Annual vaccination report of Bihar and Orissa - 1911-1928
Year: 1911
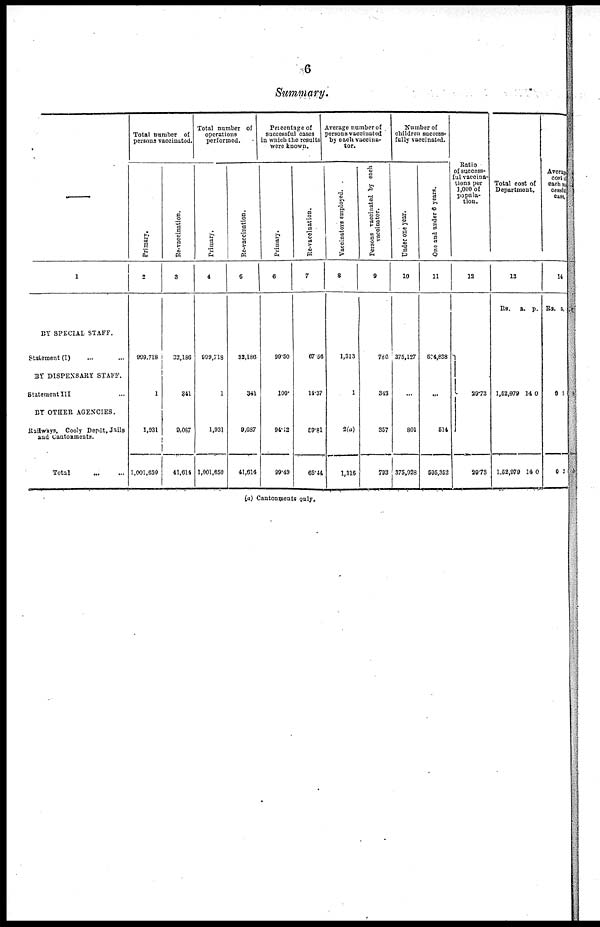
6
Summary.
—
1
BY SPECIAL STAFF.
Statement (I) ... ...
BY DISPENSARI STAFF.
Statement III ...
BY OTHER AGENCIES.
Railways, Cooly Depôt, Jails
and Cantonments.
Total ... ...
Total number of
persons vaccinated.
Primary.
2
999,718
1
1,931
1,001,650
Re-vaccination.
3
32,186
241
9,087
41,614
Total number of
operations
performed.
Primary.
4
999,718
1
1,931
1,001,650
Re-vaccination.
5
32,186
341
9,087
41,614
Percentage of
successful cases
in which the results
were known.
Primary.
6
99.50
100.
94.12
99.49
Re-vaccination.
7
67.56
14.37
59.81
65.44
Average number of
persons vaccinated
by each vaccina-
tor.
Vaccinators employed.
8
1,313
1
2(a)
1,316
Persons vaccinated by each
vaccinator.
9
786
343
357
793
Number of
children success-
fully vaccinated.
Under one year.
10
375,127
...
801
375,928
One and under 6 years.
11
604,838
...
514
595,352
Ratio
of success-
ful vaccina-
tions per
1,000 of
popula-
tion.
12
29.73
29.73
Total cost of
Department.
13
Rs.
a. p.
1,52,979
1,52,979
14
14
0
0
Average
cost of
each suc-
cessful
case.
14
Rs. a.
0
0
1
2
(a) Cantonments only.